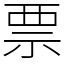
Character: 票